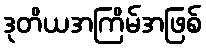
ဒုတိယအကြိမ်အဖြစ်